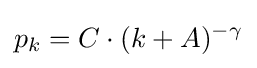
p_{k}=C\cdot (k+A)^{-\gamma }